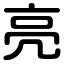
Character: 亮